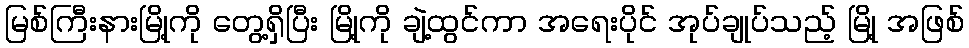
မြစ်ကြီးနားမြို့ကို တွေ့ရှိပြီး မြို့ကို ချဲ့ထွင်ကာ အရေးပိုင် အုပ်ချုပ်သည့် မြို့ အဖြစ်